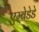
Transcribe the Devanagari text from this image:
एम्बेडेडे